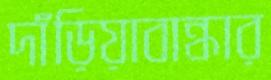
দাঁড়িয়াবান্ধার